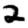
Digit: 2